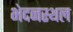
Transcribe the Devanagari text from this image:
भेदनस्थल